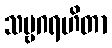
သဗ္ဗဂရဟိတာ